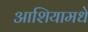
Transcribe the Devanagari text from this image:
आशियामधे